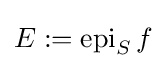
E:=\operatorname {epi} _{S}f